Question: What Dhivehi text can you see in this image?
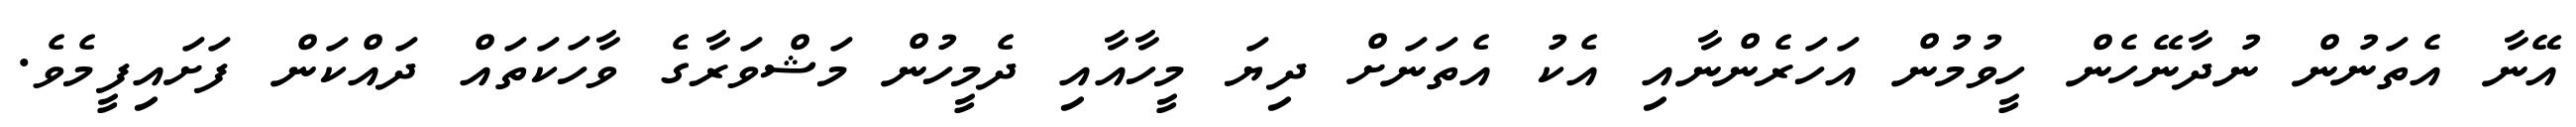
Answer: އޭނާ އެތަނުން ނުދާނޭހެން ހީވުމުން އަހަރެންނާއި އެކު އެތަނަށް ދިޔަ މީހާއާއި ދެމީހުން މަޝްވަރާގެ ވާހަކަތައް ދައްކަން ފަށައިފީމެވެ.